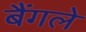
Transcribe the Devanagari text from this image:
बैंगले